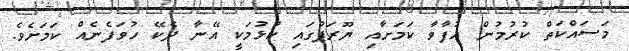
މަސައްކަތް ކުރުމުން އުފާވާ ކަމަށާއި ޔޫރަޕުގައި ކުޅުމަކީ އޭނާ ދެކޭ ހުވަފެނެއް ކަމަށެވެ.